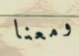
ومعنا